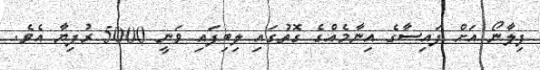
ފިލާނޯ އަށް ފައިސާގެ އިނާމެއްގެ ގޮތުގައި ލިބިފައި ވަނީ 5000 ރުފިޔާ އެވެ.